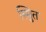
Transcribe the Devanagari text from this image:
स्मुित